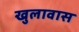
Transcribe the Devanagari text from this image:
खुलावास